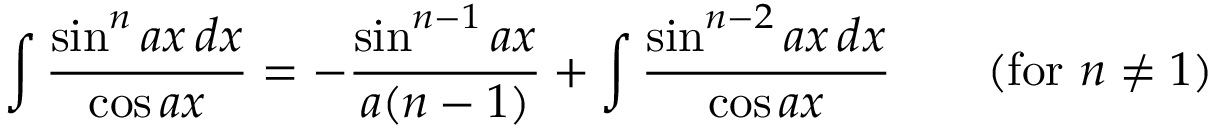
\int { \frac { \sin ^ { n } a x \, d x } { \cos a x } } = - { \frac { \sin ^ { n - 1 } a x } { a ( n - 1 ) } } + \int { \frac { \sin ^ { n - 2 } a x \, d x } { \cos a x } } \qquad { \mathrm { ( f o r ~ } } n \neq 1 { \mathrm { ) } }